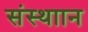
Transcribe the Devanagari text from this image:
संस्थाान